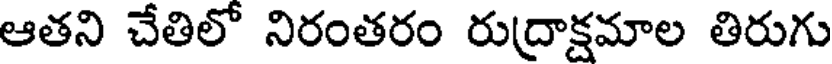
ఆతని చేతిలో నిరంతరం రుద్రాక్షమాల తిరుగు